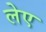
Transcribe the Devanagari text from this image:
लेए